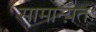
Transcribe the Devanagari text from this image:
सामान्य़तः